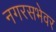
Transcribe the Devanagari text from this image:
नगरसभेवर